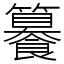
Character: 䉵